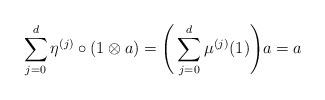
LaTeX: \begin{align*}\sum_{j=0}^d \eta^{(j)}\circ (1\otimes a) = \Bigg( \sum_{j=0}^d \mu^{(j)}(1) \Bigg) a = a\end{align*}